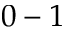
0 - 1